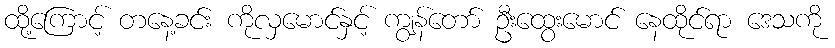
ထို့ကြောင့် တနေ့ခင်း ကိုလှမောင်နှင့် ကျွန်တော် ဦးထွေးမောင် နေထိုင်ရာ ဒေသကို